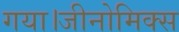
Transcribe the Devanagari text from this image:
गया।जीनोमिक्स